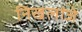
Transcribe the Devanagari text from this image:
निखलांजे